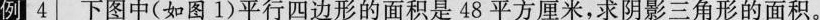
例4 下图中(如图1)平行四边形的面积是48平方厘米，求阴影三角形的面积。